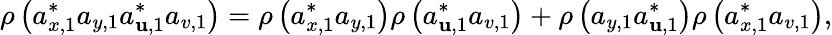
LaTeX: \rho\left(a_{x,1}^{\ast}a_{y,1}a_{\mathbf{u},1}^{\ast}a_{v,1}\right)=\rho\left(a_{x,1}^{\ast}a_{y,1}\right)\rho\left(a_{\mathbf{u},1}^{\ast}a_{v,1}\right)+\rho\left(a_{y,1}a_{\mathbf{u},1}^{\ast}\right)\rho\left(a_{x,1}^{\ast}a_{v,1}\right),